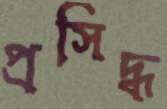
প্রসিদ্ধ